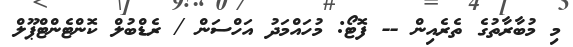
މި މުބާރާތުގެ ތެރެއިން -- ފޮޓޯ: މުހައްމަދު އަހްސަން / ރެޑްބުލް ކޮންޓެންޓްޕޫލް